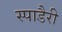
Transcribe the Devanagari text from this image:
स्पाडैरी